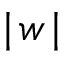
\mid \! w \! \mid